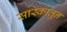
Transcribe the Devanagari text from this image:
सास्कातून